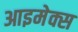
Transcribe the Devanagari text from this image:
आइमेक्स